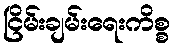
ငြိမ်းချမ်းရေးကိစ္စ